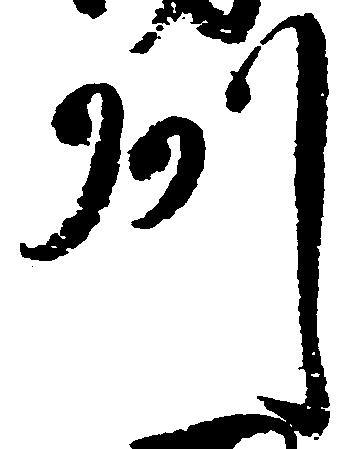
州